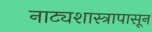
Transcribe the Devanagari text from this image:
नाट्यशास्त्रापासून